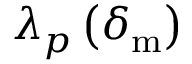
\lambda _ { p } \left( \delta _ { \mathrm { m } } \right)